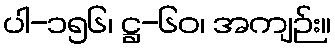
ပါ-၁၅၆၊ ဋ္ဌ-၆၀၊ အကျဉ်း။